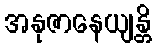
အနုဇာနေယျန္တိ